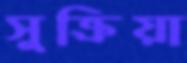
সুক্রিয়া